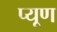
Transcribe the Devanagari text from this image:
प्यूण